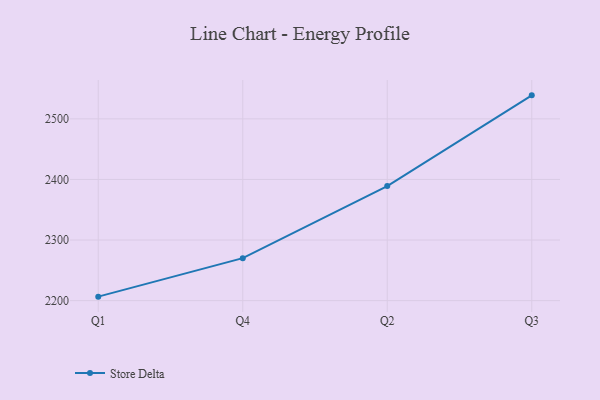
{"axis": {"x": "Quarter", "y": "Backlog"}, "legend": ["Store Delta"], "data": [{"x": "Q1", "y": 2206.6, "type": "Store Delta"}, {"x": "Q4", "y": 2270.1, "type": "Store Delta"}, {"x": "Q2", "y": 2389.0, "type": "Store Delta"}, {"x": "Q3", "y": 2538.8, "type": "Store Delta"}]}